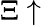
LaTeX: \Xi\uparrow